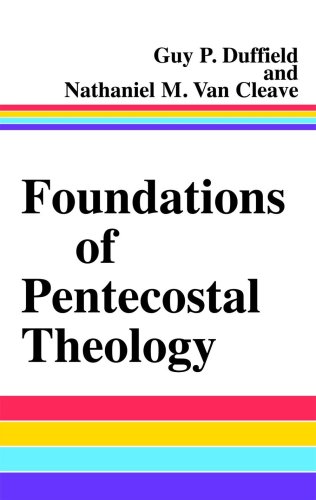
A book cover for Foundations of Pentecostal Theology; Guy P. Duffield; Christian Books & Bibles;